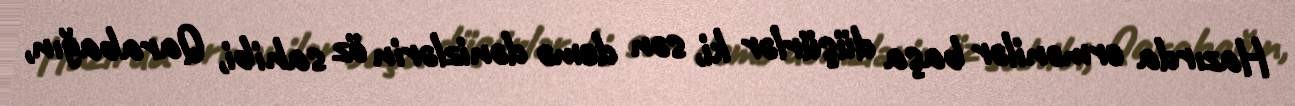
Hazırda ermənilər başa düşürlər ki, sən demə dənizlərin öz sahibi, Qarabağın,